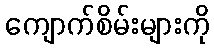
ကျောက်စိမ်းများကို